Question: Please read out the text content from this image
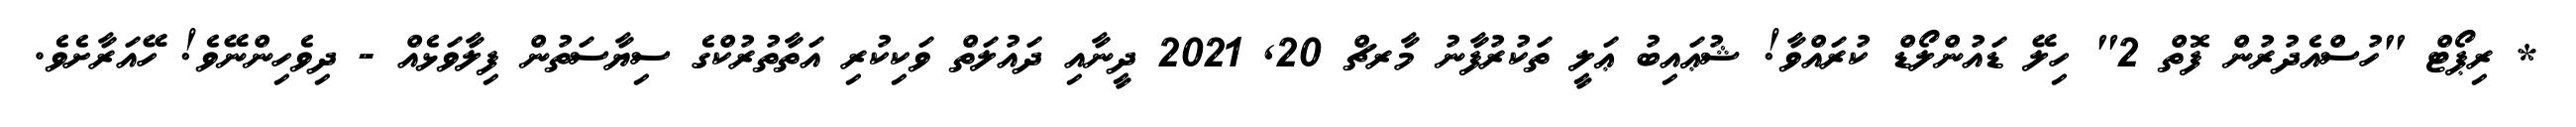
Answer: * ރިޕޯޓް "ހުސްއެދުރުން ފޮތް 2" ހިލޭ ޑައުންލޯޑް ކުރައްވާ! ޝުޢައިބު ޢަލީ ތަކުރުފާނު މާރޗް 20, 2021 ދީނާއި ދައުލަތް ވަކިކުރި އަތާތުރުކްގެ ސިޔާސަތުން ފިލާވަޅެއް - ދިވެހިންނޭވެ! ހޭއަރާށެވެ.